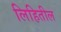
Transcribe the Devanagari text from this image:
लिहितील